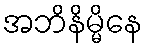
အဘိနိမ္မိနေ